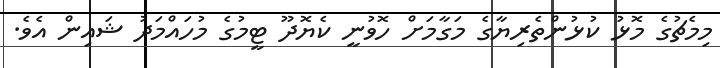
މިމެޗުގެ މޮޅު ކުޅުންތެރިޔާގެ މަގާމަށް ހޮވުނީ ކެޔޮދޫ ޓީމުގެ މުހައްމަދު ޝައިން އެވެ.